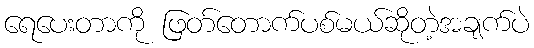
ရေပေးတာကို ဖြတ်တောက်ပစ်မယ်ဆိုတဲ့အချက်ပဲ